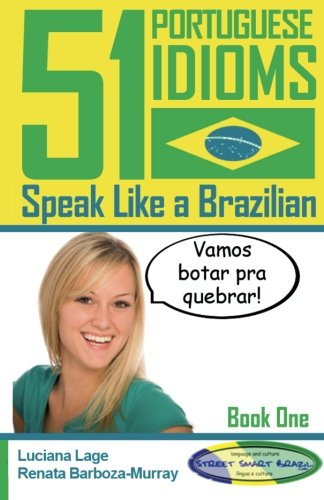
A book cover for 51 Portuguese Idioms - Speak Like a Brazilian - Book 1 (Volume 1); Luciana Lage; Christian Books & Bibles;